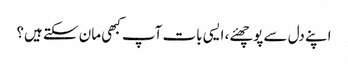
اپنے دل سے پوچھئے، ایسی بات آپ کبھی مان سکتے ہیں؟